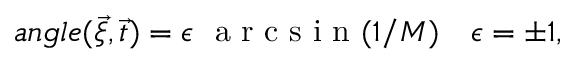
a n g l e ( \overrightarrow { \xi } , \overrightarrow { t } ) = \epsilon ~ \textrm { a r c s i n } ( 1 / M ) ~ ~ ~ \epsilon = \pm 1 ,